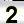
Digit: 2